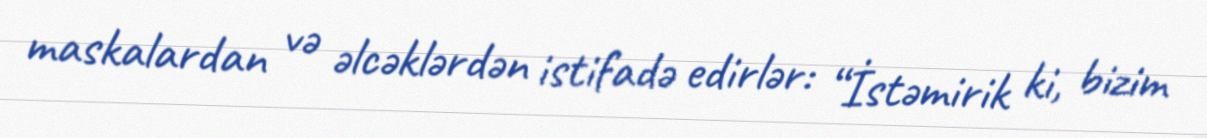
maskalardan və əlcəklərdən istifadə edirlər: “İstəmirik ki, bizim